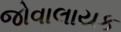
જોવાલાયક